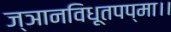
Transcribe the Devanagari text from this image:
ज्ञानविधूतपप्मा।।